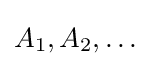
A_{1},A_{2},\dots